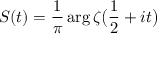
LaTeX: S ( t ) = { \frac { 1 } { \pi } } \arg { \zeta { \bigl ( } { \frac { 1 } { 2 } } + i t { \bigr ) } }